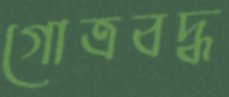
গোত্রবদ্ধ